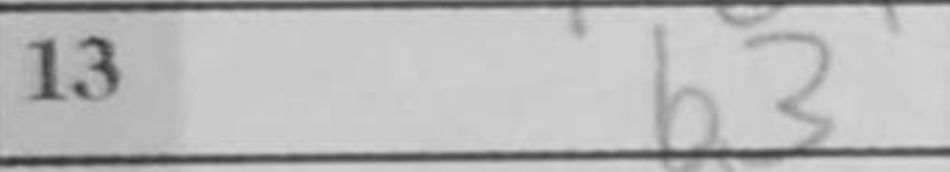
Transcription: b3